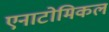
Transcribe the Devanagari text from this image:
एनाटोमिकल